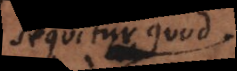
equitur quod